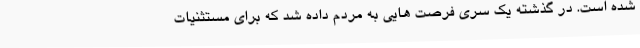
شده است. در گذشته یک سری فرصت هایی به مردم داده شد که برای مستثنیات